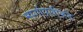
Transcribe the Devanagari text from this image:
मार्गापलीकडे